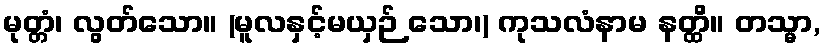
မုတ္တံ၊ လွတ်သော။ (မူလနှင့်မယှဉ် သော၊) ကုသလံနာမ နတ္ထိ။ တသ္မာ,